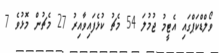
ވޯލްޑްކަޕްގައި އެޓީމު ޖުމުލަ 54 މެޗު ކުޅެފައިވާއިރު 27 މެޗުން މޮޅުވެ 7